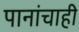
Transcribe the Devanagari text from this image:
पानांचाही